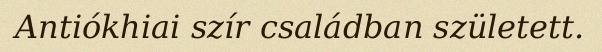
Antiókhiai szír családban született.